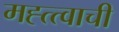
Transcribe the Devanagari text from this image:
मह्त्त्वाची